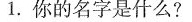
1.你的名字是什么?